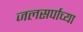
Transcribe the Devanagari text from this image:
जलसर्पाच्या